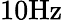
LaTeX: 10\mathrm{Hz}